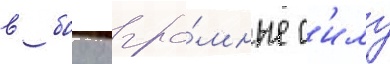
в боу огро́мные с'илу